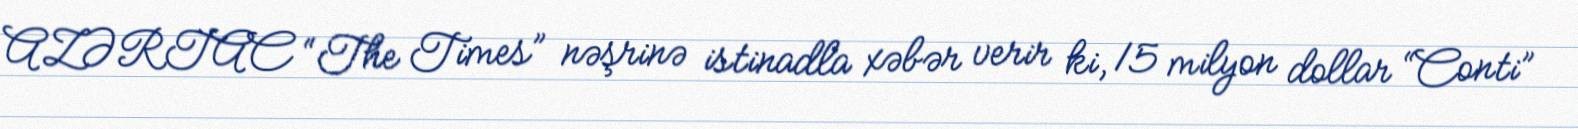
AZƏRTAC “The Times” nəşrinə istinadla xəbər verir ki, 15 milyon dollar “Conti”